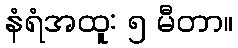
နံရံအထူ: ၅ မီတာ။